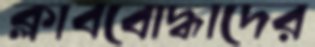
ক্লাববোদ্ধাদের